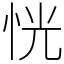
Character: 恍